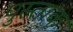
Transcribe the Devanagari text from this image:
पुस्ताक